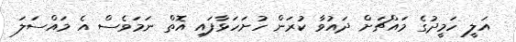
އަލީ ހަމީދުގެ މައްޗަށް ދައުވާ ކުރަން ހުށަހަޅާފައި އޮތް ނަމަވެސް އެ މައްސަލަ